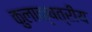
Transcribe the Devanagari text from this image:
कुलाक्षत्रीय